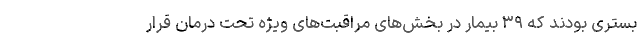
بستری بودند که ۳۹ بیمار در بخش‌های مراقبت‌های ویژه تحت درمان قرار